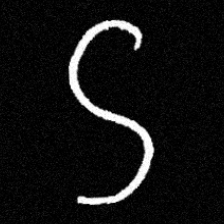
Pyu character \u2014 Myanmar letter: ဌ (romanized: ttha)